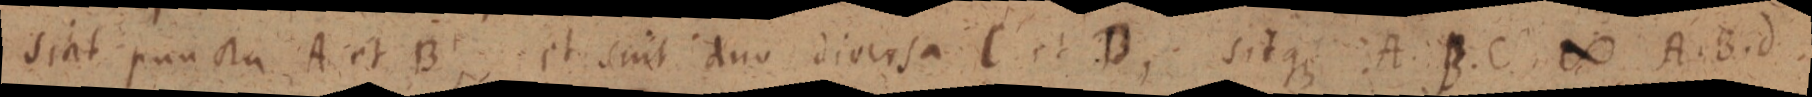
sint puncta A et B. et sint duo diversa C et D, sitque A B. C ∞ A. B. d